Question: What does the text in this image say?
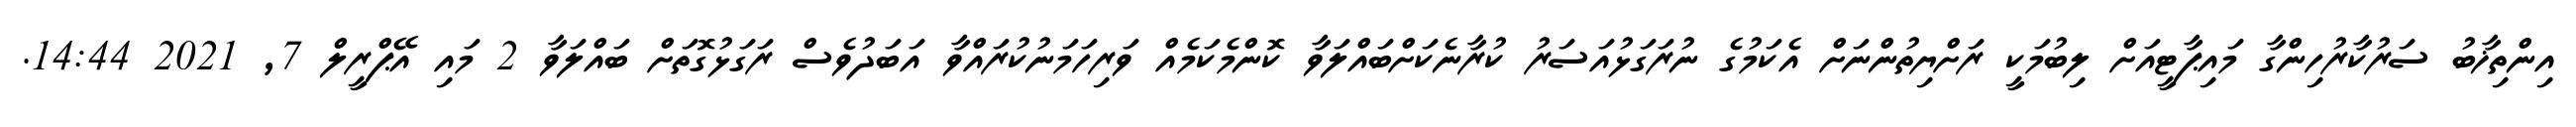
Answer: އިންތިޚާބު ސަރުކާރުހިންގާ މައިޕާޓީއަށް ލިބުމަކީ ރަށްޔިތުންނަށް އެކަމުގެ ނުރަގަޅުއަސަރު ކުރާނެކަށްބައްލަވާ ކޮންމެކަމެއް ވަރިހަމަނުކުރައްވާ އަބަދުވެސް ރަގަޅުގޮތަށް ބައްލަވާ 2 މައި އޭޕްރީލް 7, 2021 14:44.